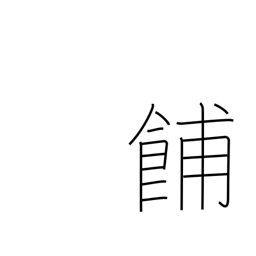
Meaning: late afternoon meal